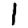
Digit: 1